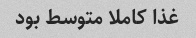
غذا کاملا متوسط بود